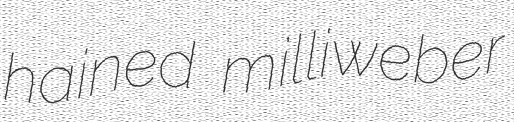
hained milliweber